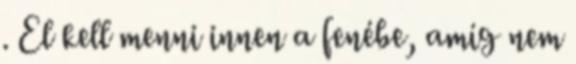
. El kell menni innen a fenébe, amíg nem